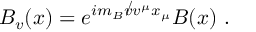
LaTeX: B _ { v } ( x ) = e ^ { i m _ { B } { \not v } v ^ { \mu } x _ { \mu } } B ( x ) \ .